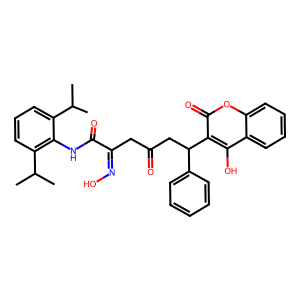
SMILES: CC(C)c1cccc(C(C)C)c1NC(=O)C(CC(=O)CC(c1ccccc1)c1c(O)c2ccccc2oc1=O)=NO
Inhibits HIV replication: No